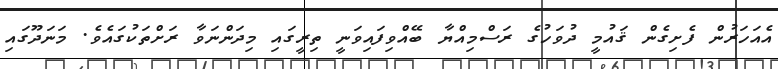
އެއަހަރުން ފެށިގެން ޤައުމީ ދުވަހުގެ ރަސްމިއްޔާ ބޭއްވިފައިވަނީ ތިރީގައި މިދަންނަވާ ރަށްތަކުގައެވެ. މަނަދޫގައި